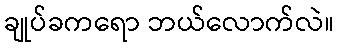
ချုပ်ခကရော ဘယ်လောက်လဲ။